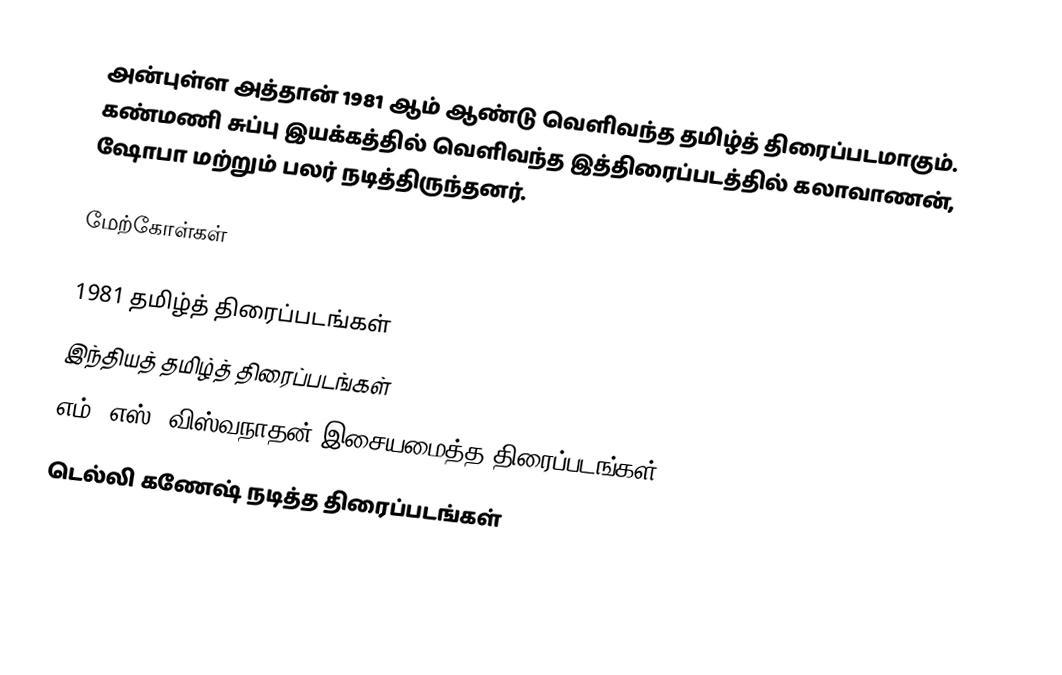
அன்புள்ள அத்தான் 1981 ஆம் ஆண்டு வெளிவந்த தமிழ்த் திரைப்படமாகும். கண்மணி சுப்பு இயக்கத்தில் வெளிவந்த இத்திரைப்படத்தில் கலாவாணன், ஷோபா மற்றும் பலர் நடித்திருந்தனர்.

மேற்கோள்கள்

1981 தமிழ்த் திரைப்படங்கள்
இந்தியத் தமிழ்த் திரைப்படங்கள்
எம். எஸ். விஸ்வநாதன் இசையமைத்த திரைப்படங்கள்
டெல்லி கணேஷ் நடித்த திரைப்படங்கள்